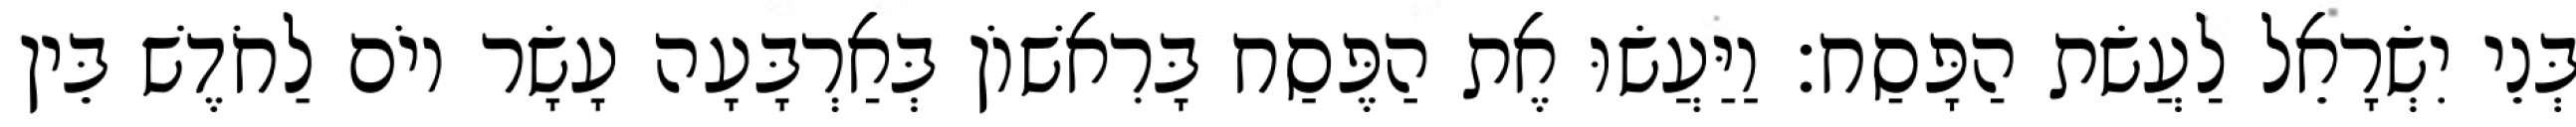
בְּנֵי יִשְׂרָאֵל לַעֲשׂת הַפָּסַח׃ וַיַּעֲשׂוּ אֶת הַפֶּסַח בָּרִאשׁוֹן בְּאַרְבָּעָה עָשָׂר יוֹם לַחֹדֶשׁ בֵּין